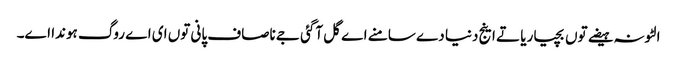
الٹونہ ہیضے توں بچیا ریا تے اینج دنیا دے سامنے اے گل آگئی جے ناصاف پانی توں ای اے روگ ہوندا اے۔